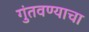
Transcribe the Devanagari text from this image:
गुंतवण्याचा